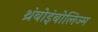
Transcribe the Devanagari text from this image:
थ्रंबोइंबोलिज्म